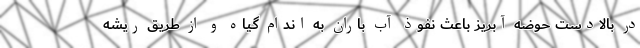
در بالادست حوضه آبریز باعث نفوذ آب باران به اندام گیاه و از طریق ریشه